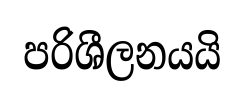
පරිශීලනයයි